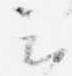
云